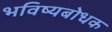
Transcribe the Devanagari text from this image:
भविष्यबोधक